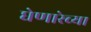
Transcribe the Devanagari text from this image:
घेणारेच्या